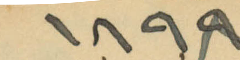
١٨٩٨